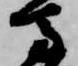
馬